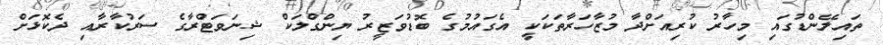
ތައިލޭންޑުގައި މިހާރު ކުރިއަށްދާ މުޒާހަރާތަކަކީ އެގައުމުގެ ބޮޑުވަޒީރު ޔިންގްލަކް ޝިނަވަޓްރާގެ ސަރުކާރާއި ދެކޮޅަށް